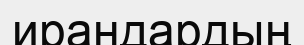
ирандардың